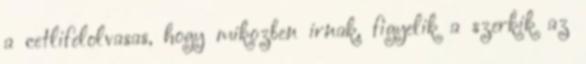
a cetlifelolvasas, hogy mikozben irnak, figyelik a szerkik az